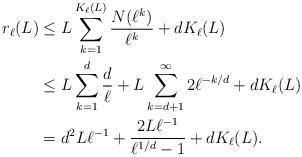
LaTeX: \begin{align*}r_\ell(L)&\le L\sum\limits_{k=1}^{K_\ell(L)}\frac{N(\ell^k)}{\ell^k}+dK_\ell(L)\\&\le L\sum\limits_{k=1}^{d}\frac{d}{\ell}+L\sum\limits_{k=d+1}^{\infty}2\ell^{-k/d}+dK_\ell(L)\\&=d^2L\ell^{-1}+\frac{2L\ell^{-1}}{\ell^{1/d}-1}+dK_\ell(L).\end{align*}